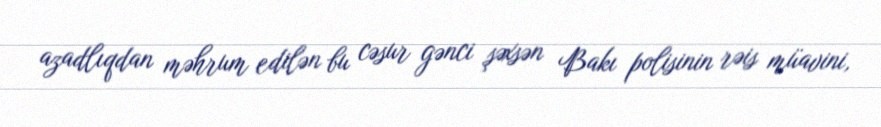
azadlıqdan məhrum edilən bu cəsur gənci şəxsən Bakı polisinin rəis müavini,